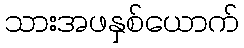
သားအဖနှစ်ယောက်